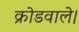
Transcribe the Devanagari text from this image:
क्रोडवाले।